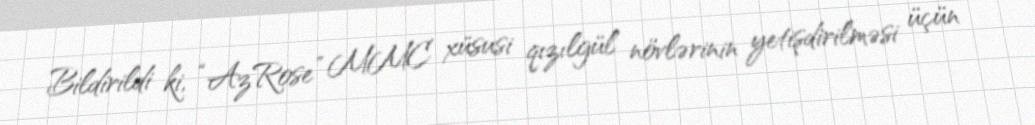
Bildirildi ki, “AzRose” MMC xüsusi qızılgül növlərinin yetişdirilməsi üçün